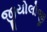
જીયોલોજી